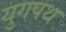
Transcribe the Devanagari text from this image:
युगपथ